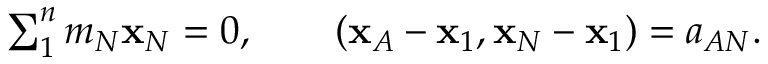
\begin{array} { r } { \sum _ { 1 } ^ { n } m _ { N } { \bf x } _ { N } = 0 , \qquad ( { \bf x } _ { A } - { \bf x } _ { 1 } , { \bf x } _ { N } - { \bf x } _ { 1 } ) = a _ { A N } . } \end{array}